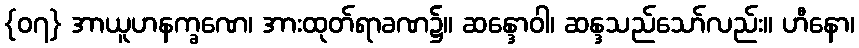
{၀၇} အာယူဟနက္ခဏေ၊ အားထုတ်ရာခဏ၌။ ဆန္ဒောဝါ၊ ဆန္ဒသည်သော်လည်း။ ဟီနော၊